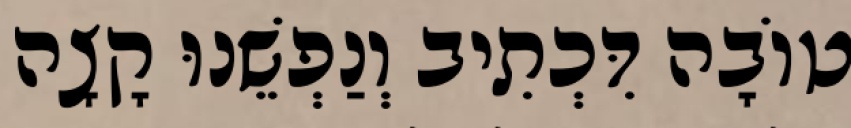
טוֹבָה דִּכְתִיב וְנַפְשֵׁנוּ קָצָה